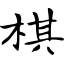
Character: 棋